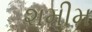
શમીમ